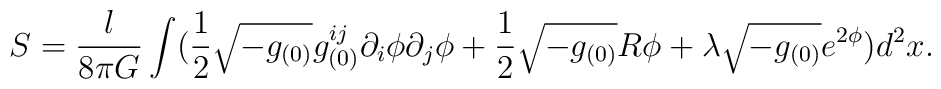
S=\frac{l}{8\pi G}\int(\frac{1}{2}\sqrt{-g_{(0)}} g_{(0)}^{ij}\partial_i\phi \partial_j\phi +\frac{1}{2}\sqrt{-g_{(0)}}R\phi +\lambda\sqrt{-g_{(0)}} e^{2\phi})d^2x.